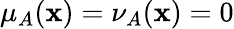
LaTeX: \mu_{A}(\mathbf{x})=\nu_{A}(\mathbf{x})=0